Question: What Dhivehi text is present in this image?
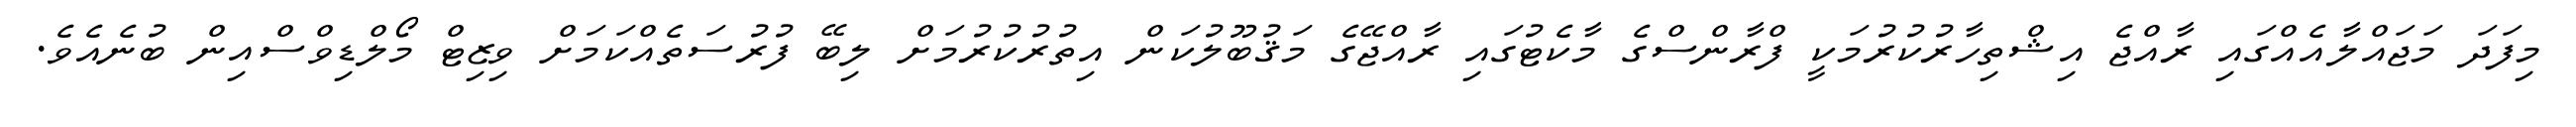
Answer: މިފަދަ މަޖައްލާއެއްގައި ރާއްޖެ އިޝްތިހާރުކުރުމަކީ ފްރާންސްގެ މާކެޓުގައި ރާއްޖޭގެ މަޤުބޫލުކަން އިތުރުކުރުމަށް ލިބޭ ފުރުސަތެއްކަމަށް ވިޒިޓް މޯލްޑިވްސްއިން ބުނެއެވެ.